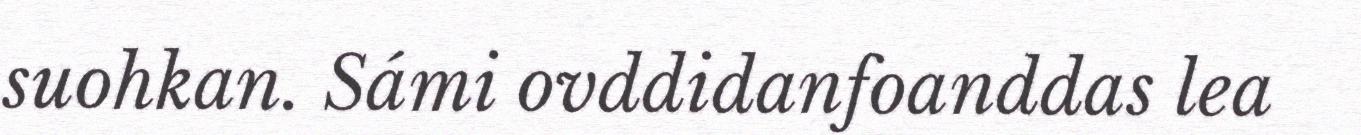
suohkan. Sámi ovddidanfoanddas lea